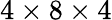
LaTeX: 4\times 8\times 4